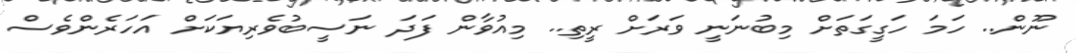
ނޫން.. ހަމަ ހަގީގަތަށް މިބުނަނީ ވަރަށް ރީތި.. މިއުވާން ފަދަ ނަސީބުވެރިޔަކަށް އަހަރެންވެސް